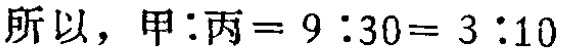
所以，甲:丙= 9 :30= 3 :10